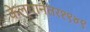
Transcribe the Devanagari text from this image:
केल्यानंतर१९४९